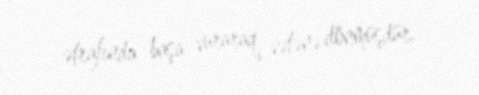
ətrafında başa vuraraq vətənə dönmüşdür.